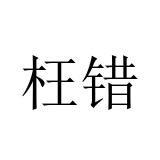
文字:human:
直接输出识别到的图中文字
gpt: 枉错